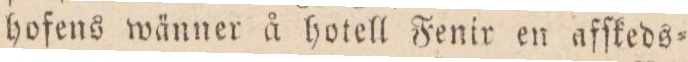
hofens wänner å hotell Fenir en afſkeds=